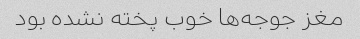
مغز جوجه‌ها خوب پخته نشده بود